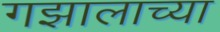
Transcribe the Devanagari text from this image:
गझालाच्या